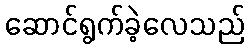
ဆောင်ရွက်ခဲ့လေသည်